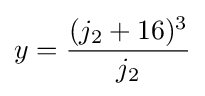
y={\frac {(j_{2}+16)^{3}}{j_{2}}}